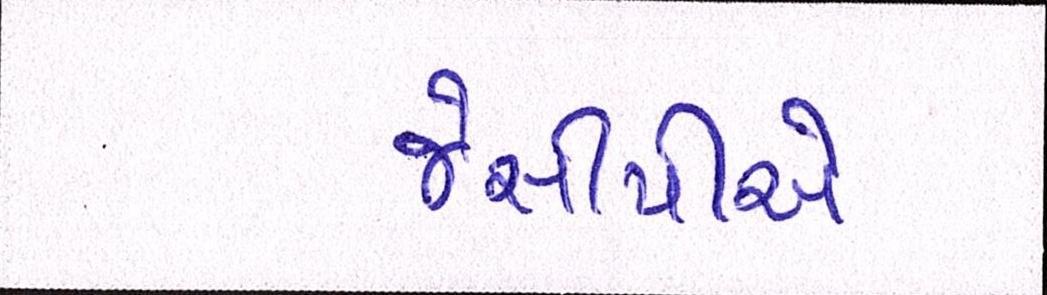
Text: જેસીપીએ